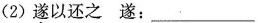
（2）遂以还之遂：___